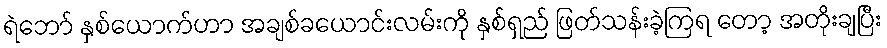
ရဲဘော် နှစ်ယောက်ဟာ အချစ်ခယောင်းလမ်းကို နှစ်ရှည် ဖြတ်သန်းခဲ့ကြရ တော့ အတိုးချပြီး